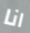
انا